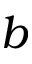
b